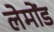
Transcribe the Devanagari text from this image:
लेमोंड